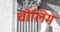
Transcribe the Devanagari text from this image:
चोलिम